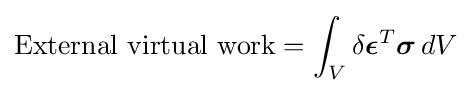
{\mbox{External virtual work}}=\int _{V}\delta {\boldsymbol {\epsilon }}^{T}{\boldsymbol {\sigma }}\,dV